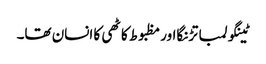
ٹینگولمبا تڑنگااور مظبوط کاٹھی کا انسان تھا۔